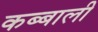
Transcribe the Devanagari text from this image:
कब्बाली